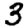
Digit: 3